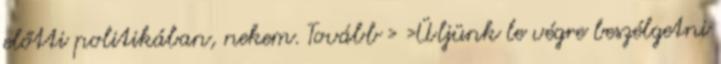
előtti politikában, nekem. Tovább › ›Üljünk le végre beszélgetni